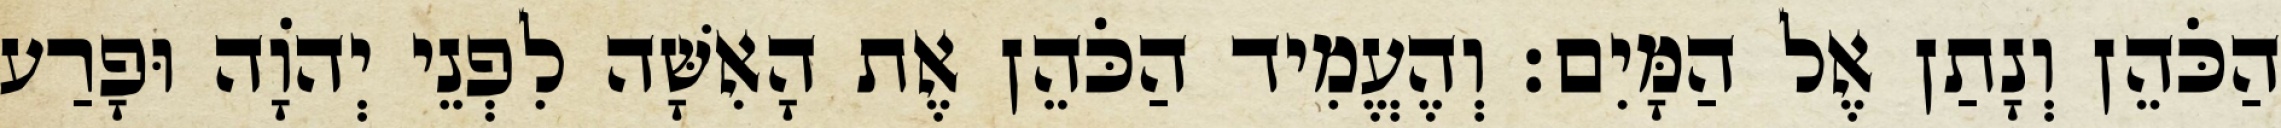
הַכֹּהֵן וְנָתַן אֶל הַמָּיִם׃ וְהֶעֱמִיד הַכֹּהֵן אֶת הָאִשָּׁה לִפְנֵי יְהוָֹה וּפָרַע